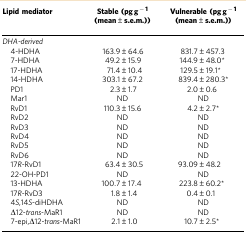
| Lipid mediator | Stable (pg g−1(mean±s.e.m.)) | Vulnerable (pg g−1(mean±s.e.m.)) |
 |  |  |  |
 | --- | --- | --- |
 | <COLSPAN=3> DHA-derived |
 | 4-HDHA | 163.9±64.6 | 831.7±457.3 |
 | 7-HDHA | 49.2±15.9 | 144.9±48.0* |
 | 17-HDHA | 71.4±10.4 | 129.5±19.1* |
 | 14-HDHA | 303.1±67.2 | 839.4±280.3* |
 | PD1 | 2.3±1.7 | 2.0±0.6 |
 | Mar1 | ND | ND |
 | RvD1 | 110.3±15.6 | 4.2±2.7* |
 | RvD2 | ND | ND |
 | RvD3 | ND | ND |
 | RvD4 | ND | ND |
 | RvD5 | ND | ND |
 | RvD6 | ND | ND |
 | 17R-RvD1 | 63.4±30.5 | 93.09±48.2 |
 | 22-OH-PD1 | ND | ND |
 | 13-HDHA | 100.7±17.4 | 223.8±60.2* |
 | 17R-RvD3 | 1.8±1.4 | 0.4±0.1 |
 | 4S,14S-diHDHA | ND | ND |
 | Δ12-trans-MaR1 | ND | ND |
 | 7-epi,Δ12-trans-MaR1 | 2.1±1.0 | 10.7±2.5* |